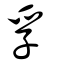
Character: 孚